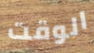
الوقت